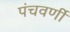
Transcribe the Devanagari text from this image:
पंचवर्णी